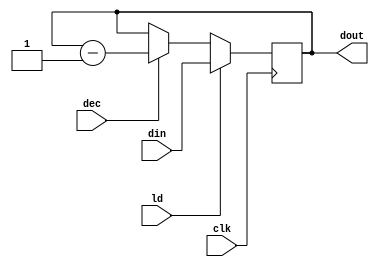
`timescale 1ns / 1ps
//////////////////////////////////////////////////////////////////////////////////
// Company: 
// Engineer: 
// 
// Design Name: 
// Module Name:    CNTR 
// Project Name: 
// Target Devices: 
// Tool versions: 
// Description: 
//
// Dependencies: 
//
// Revision: 
// Revision 0.01 - File Created
// Additional Comments: 
//
//////////////////////////////////////////////////////////////////////////////////
module CNTR(dout,din,ld,dec,clk);
    input [15:0] din;
    input ld;
    input dec;
    input clk;
    output reg [15:0] dout;
	 always @ (posedge clk)
	 if (ld) dout <= din;
	 else if (dec) dout <= dout - 1;
    


endmodule